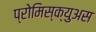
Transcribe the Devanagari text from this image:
प्रोमिस्क्युअस